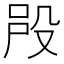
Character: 𣪉